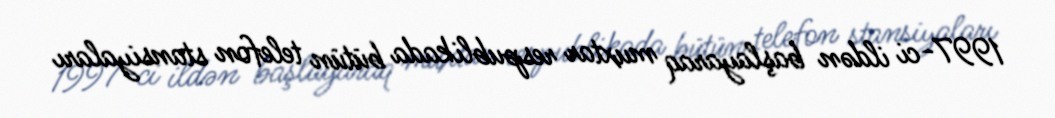
1997-ci ildən başlayaraq muxtar respublikada bütün telefon stansiyaları